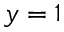
y = 1